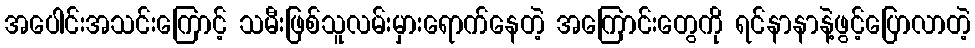
အပေါင်းအသင်းကြောင့် သမီးဖြစ်သူလမ်းမှားရောက်နေတဲ့ အကြောင်းတွေကို ရင်နာနာနဲ့ဖွင့်ပြောလာတဲ့